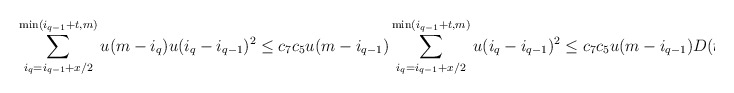
\begin{align*}\sum_{i_q=i_{q-1}+x/2}^{\min(i_{q-1}+t,m)}u(m - i_{q}) u(i_q-i_{q-1})^2 \leq c_{7} c_5 u(m-i_{q-1}) \sum_{i_q= i_{q-1}+x/2}^{\min(i_{q-1}+t,m)} u(i_q-i_{q-1})^2 \leq c_{7} c_5 u(m-i_{q-1}) D(t).\end{align*}